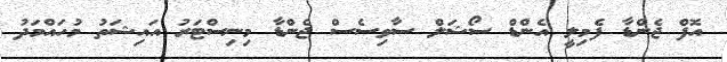
އޮފް ޖެންޑާ ފެމިލީ އެންޑް ސޯޝަލް ސާވިސެސް ޖެންޑާ މިނިސްޓަރު އައިޝަތު މުހައްމަދު